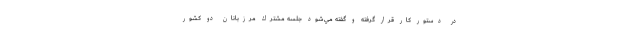
در دستور كار قرار گرفته و گفته مي‌شود جلسه مشترك مرزبانان دو كشور